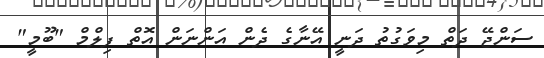
ސަންޖޭ ދަތް މިވަގުތު ދަނީ އޭނާގެ ދެން އަންނަން އޮތް ފިލްމް "ބޫމީ"